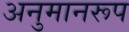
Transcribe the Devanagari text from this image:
अनुमानरूप